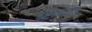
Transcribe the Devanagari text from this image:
द्दष्टीकोण